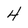
Character: 4